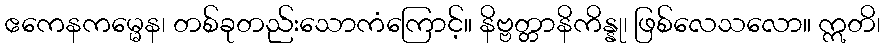
ဧကေနကမ္မေန၊ တစ်ခုတည်းသောကံကြောင့်။ နိဗ္ဗတ္တာနိကိန္နု၊ ဖြစ်လေသလော။ ဣတိ၊